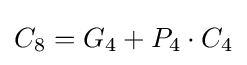
C_{8}=G_{4}+P_{4}\cdot C_{4}